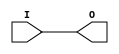
module IBUF_HSTL_III (O, I);

    output O;

    input  I;

	buf B1 (O, I);


endmodule